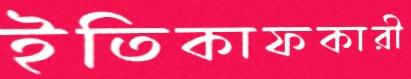
ইতিকাফকারী